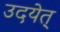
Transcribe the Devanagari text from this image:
उदयेत्‌